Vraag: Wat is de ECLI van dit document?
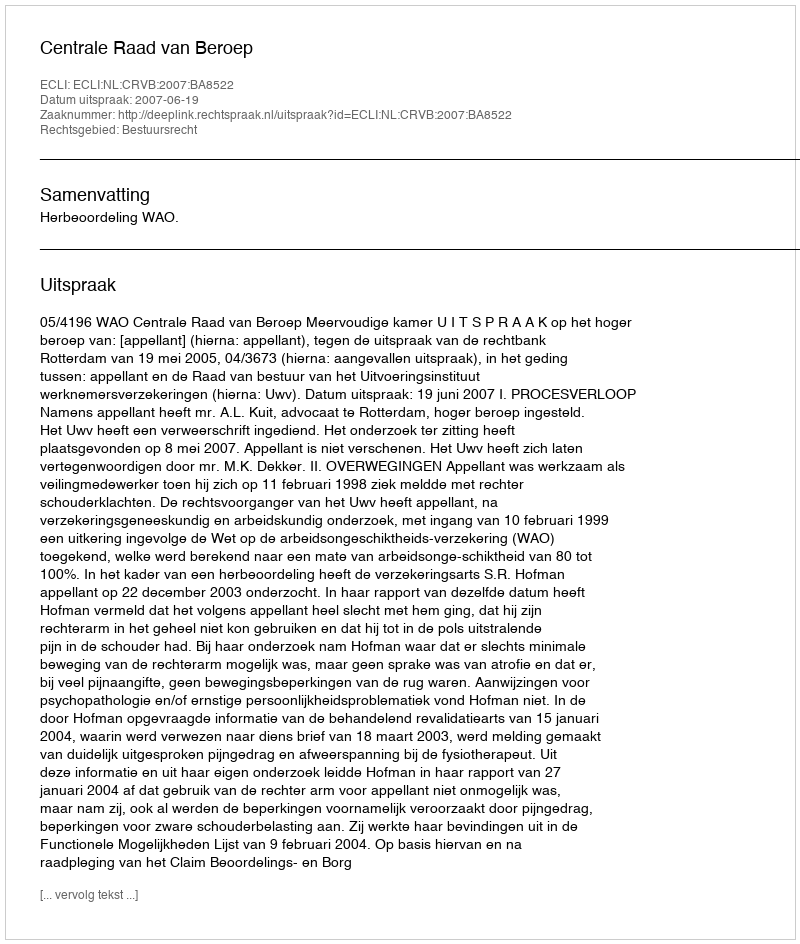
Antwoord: ECLI:NL:CRVB:2007:BA8522